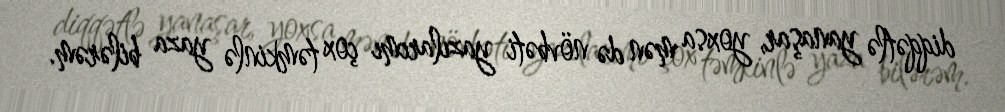
diqqətlə yanaşar, yoxsa mən də növbəti yazılarımı çox təmkinlə yaza bilərəm.